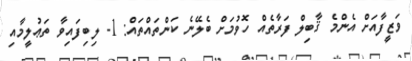
ވަޒީފާއަށް އެންމެ ޤާބިލް ފަރާތެއް ހޮވުމަށް ބެލޭނެ ކަންތައްތައް: 1- ލިބިފައިވާ ތަޢުލީމާއި